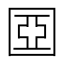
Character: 𡈀